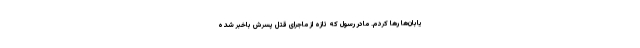
یابان‌ها رها کردم. مادر رسول که تازه از ماجرای قتل پسرش باخبر شده